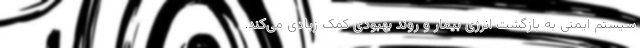
سیستم ایمنی به بازگشت انرژی بیمار و روند بهبودی کمک زیادی می‌کند.